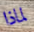
لماذا